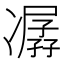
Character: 𠘈